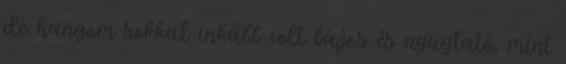
de hangom sokkal inkább volt bájos és nyugtató, mint